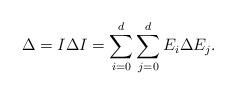
LaTeX: \begin{align*}\Delta = I \Delta I = \sum_{i=0}^d \sum_{j=0}^d E_i \Delta E_j.\end{align*}